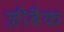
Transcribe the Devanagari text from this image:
ज़ीबैक